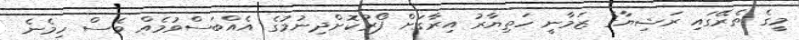
މީގެ ތެރޭގައި ރަޝިޔާގެ ޒަމާނީ ހަތިޔާރު އިރާގަށް ފޯރުކޮށްދިނުމުގެ އެއްބަސްވުމެއް ވެސް ހިމެނެ